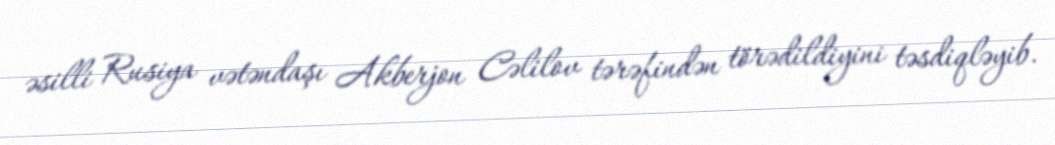
əsilli Rusiya vətəndaşı Akberjon Cəlilov tərəfindən törədildiyini təsdiqləyib.